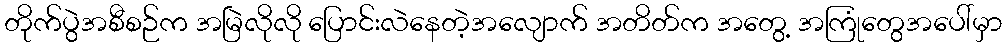
တိုက်ပွဲအစီစဉ်က အမြဲလိုလို ပြောင်းလဲနေတဲ့အလျောက် အတိတ်က အတွေ့ အကြုံတွေအပေါ်မှာ